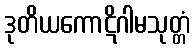
ဒုတိယကောဋိဂါမသုတ္တံ